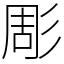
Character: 彫